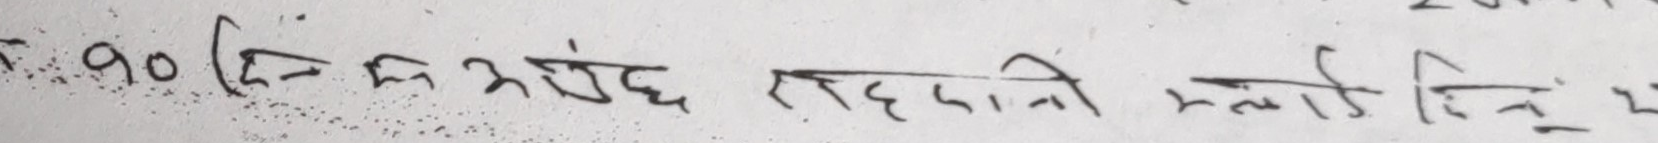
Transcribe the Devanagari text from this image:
९० दिनका सम्बन्ध राहदानी म्याद दिने